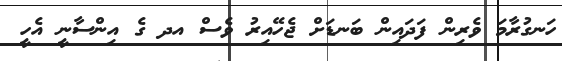
ހަނގުރާމަ ވެރިން ފަދައިން ބަނޑަށް ޖެހޭއިރު ވެސް އދ ގެ އިންސާނީ އެހީ